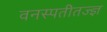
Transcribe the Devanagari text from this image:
वनस्पतीतज्‍ज्ञ